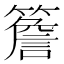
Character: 簷